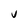
Character: U